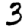
Digit: 3